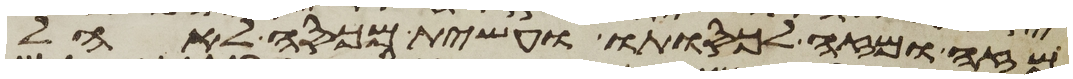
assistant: מזה ומזה לכסותו ועשית מכסה לאהל